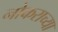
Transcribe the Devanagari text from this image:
नोकराच्या